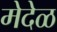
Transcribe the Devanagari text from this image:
मेदेळ